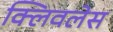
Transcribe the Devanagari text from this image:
क्लिवलेस